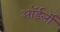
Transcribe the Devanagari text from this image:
ऑर्डर्ली